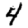
Digit: 4